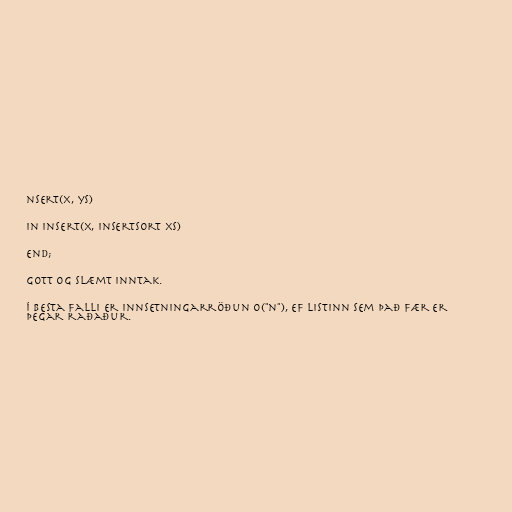
nsert(x, ys)

in insert(x, insertsort xs)

end;

Gott og slæmt inntak.

Í besta falli er innsetningarröðun O("n"), ef listinn sem það fær er
þegar raðaður.